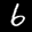
Label: 6